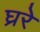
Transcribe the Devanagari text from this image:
घ्ररे